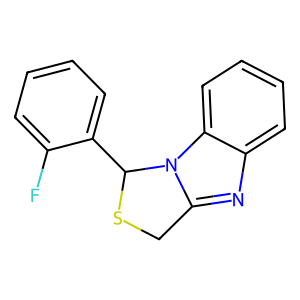
SMILES: Fc1ccccc1C1SCc2nc3ccccc3n21
Inhibits HIV replication: Yes